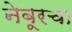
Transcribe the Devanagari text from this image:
नेबूरचा